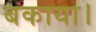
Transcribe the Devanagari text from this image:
बकाया।